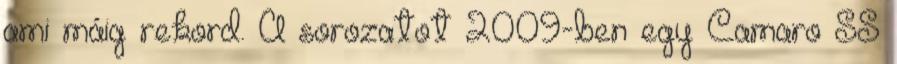
ami máig rekord. A sorozatot 2009-ben egy Camaro SS